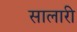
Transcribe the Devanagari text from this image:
सालारी